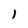
Character: 1